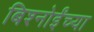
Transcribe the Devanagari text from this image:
बिश्‍नोईंच्या